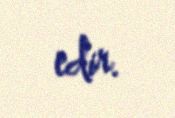
edir.